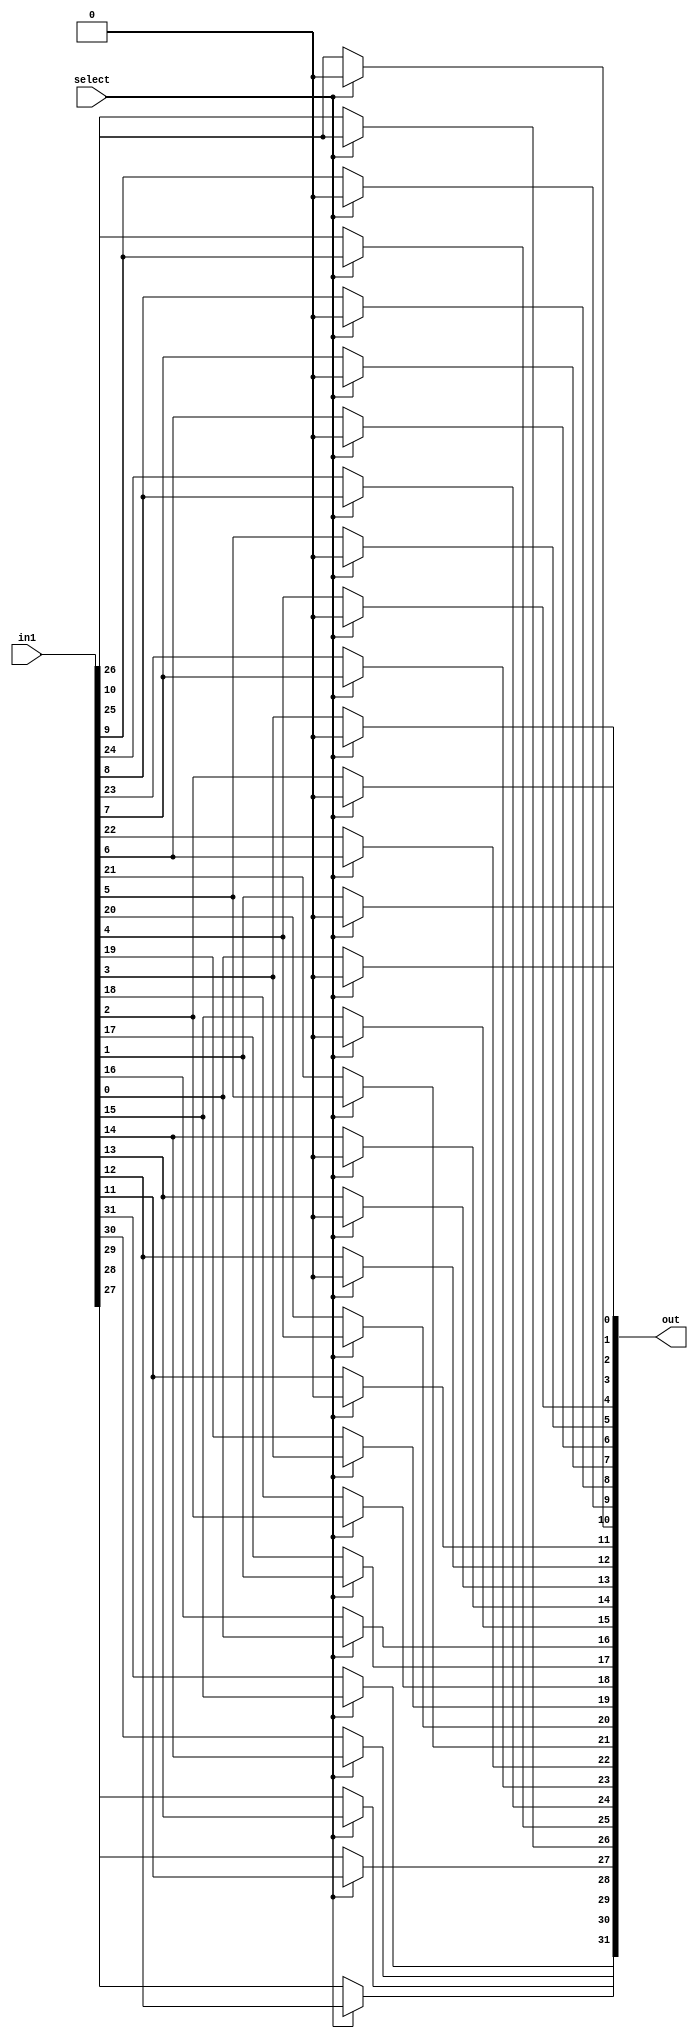
module left_shift_16(out, select, in1);
    input select;
    input [31:0] in1;
    output [31:0] out;
    assign out[31] = select ? in1[15]: in1[31];
    assign out[30] = select ? in1[14]: in1[30];
    assign out[29] = select ? in1[13]: in1[29];
    assign out[28] = select ? in1[12]: in1[28];
    assign out[27] = select ? in1[11]: in1[27];
    assign out[26] = select ? in1[10]: in1[26];
    assign out[25] = select ? in1[9 ]: in1[25];
    assign out[24] = select ? in1[8 ]: in1[24];
    assign out[23] = select ? in1[7 ]: in1[23];
    assign out[22] = select ? in1[6 ]: in1[22];
    assign out[21] = select ? in1[5 ]: in1[21];
    assign out[20] = select ? in1[4 ]: in1[20];
    assign out[19] = select ? in1[3 ]: in1[19];
    assign out[18] = select ? in1[2 ]: in1[18];
    assign out[17] = select ? in1[1 ]: in1[17];
    assign out[16] = select ? in1[0 ]: in1[16];
    assign out[15] = select ? 1'b0: in1[15];
    assign out[14] = select ? 1'b0: in1[14];
    assign out[13] = select ? 1'b0: in1[13];
    assign out[12] = select ? 1'b0: in1[12];
    assign out[11] = select ? 1'b0: in1[11];
    assign out[10] = select ? 1'b0: in1[10];
    assign out[9] = select ?  1'b0: in1[9 ];
    assign out[8] = select ?  1'b0: in1[8 ];
    assign out[7] = select ?  1'b0: in1[7 ];
    assign out[6] = select ?  1'b0: in1[6 ];
    assign out[5] = select ?  1'b0: in1[5 ];
    assign out[4] = select ?  1'b0: in1[4 ];
    assign out[3] = select ?  1'b0: in1[3 ];
    assign out[2] = select ?  1'b0: in1[2 ];
    assign out[1] = select ?  1'b0: in1[1 ];
    assign out[0] = select ?  1'b0: in1[0 ];
endmodule